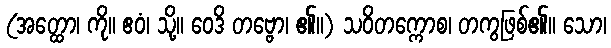
(အတ္ထော၊ ကို။ ဧဝံ၊ သို့။ ဝေဒိ တဗ္ဗော၊ ၏။) သဝိတက္ကောစ၊ တကွဖြစ်၏။ သော၊